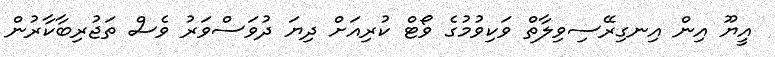
އީޔޫ އިން އިނގިރޭސިވިލާތް ވަކިވުމުގެ ވޯޓް ކުރިއަށް ދިޔަ ދުވަސްވަރު ވެސް ތަޖުރިބާކާރުން